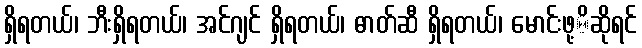
ရှိရတယ်၊ ဘီးရှိရတယ်၊ အင်ဂျင် ရှိရတယ်၊ ဓာတ်ဆီ ရှိရတယ်၊ မောင်းဖု့ိဆိုရင်